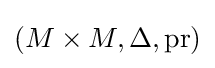
(M\times M,\Delta ,\mathrm {pr} )